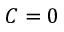
C = 0